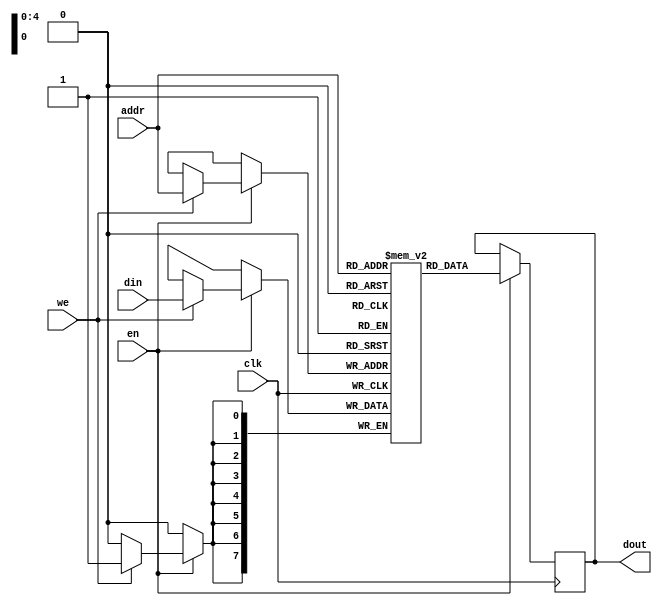
module singleportBRAM(
	input clk,en,we,
	input [4:0]addr,
	input [7:0]din,
	output reg [7:0]dout);

reg [7:0]mem[0:31];

always@ (posedge clk) begin
   if(en) begin 
		if(we)
   			mem[addr] <= din;
   		dout <= mem[addr];
	end
end
 
endmodule